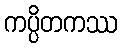
ကပ္ပိတကဿ